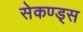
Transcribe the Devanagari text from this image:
सेकण्ड्स